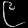
Digit: ၉